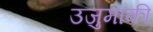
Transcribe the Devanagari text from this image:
उजुमाकी